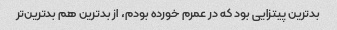
بدترین پیتزایی بود که در عمرم خورده بودم، از بدترین هم بدترین‌تر